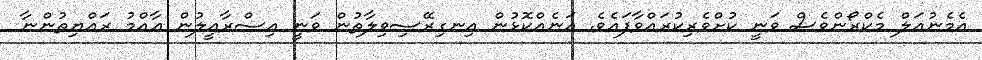
އެމެނުއަލް މެކްރޯންވެސް ވަނީ ކުށްވެރިކުރައްވާފައެވެ. އަނެއްކޮޅުން އިނގިރޭސިވިލާތުން ވަނީ އިސްރާއީލުން ޢާއްމު ރައްޔިތުންނާ